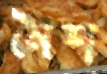
নৈশ